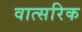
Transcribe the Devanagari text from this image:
वात्सरिक